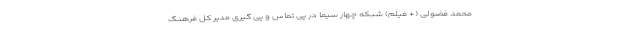
محمد فضولی (+ فیلم) شبکه چهار سیما در پی تماس و پی گیری مدیر کل فرهنگ